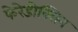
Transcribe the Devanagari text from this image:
फेरेडोक्सिन